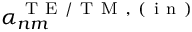
\alpha _ { n m } ^ { \mathrm { ~ T ~ E ~ / ~ T ~ M ~ , ~ ( ~ i ~ n ~ ) ~ } }